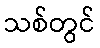
သစ်တွင်